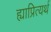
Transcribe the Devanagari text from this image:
ह्याप्रित्यर्थ